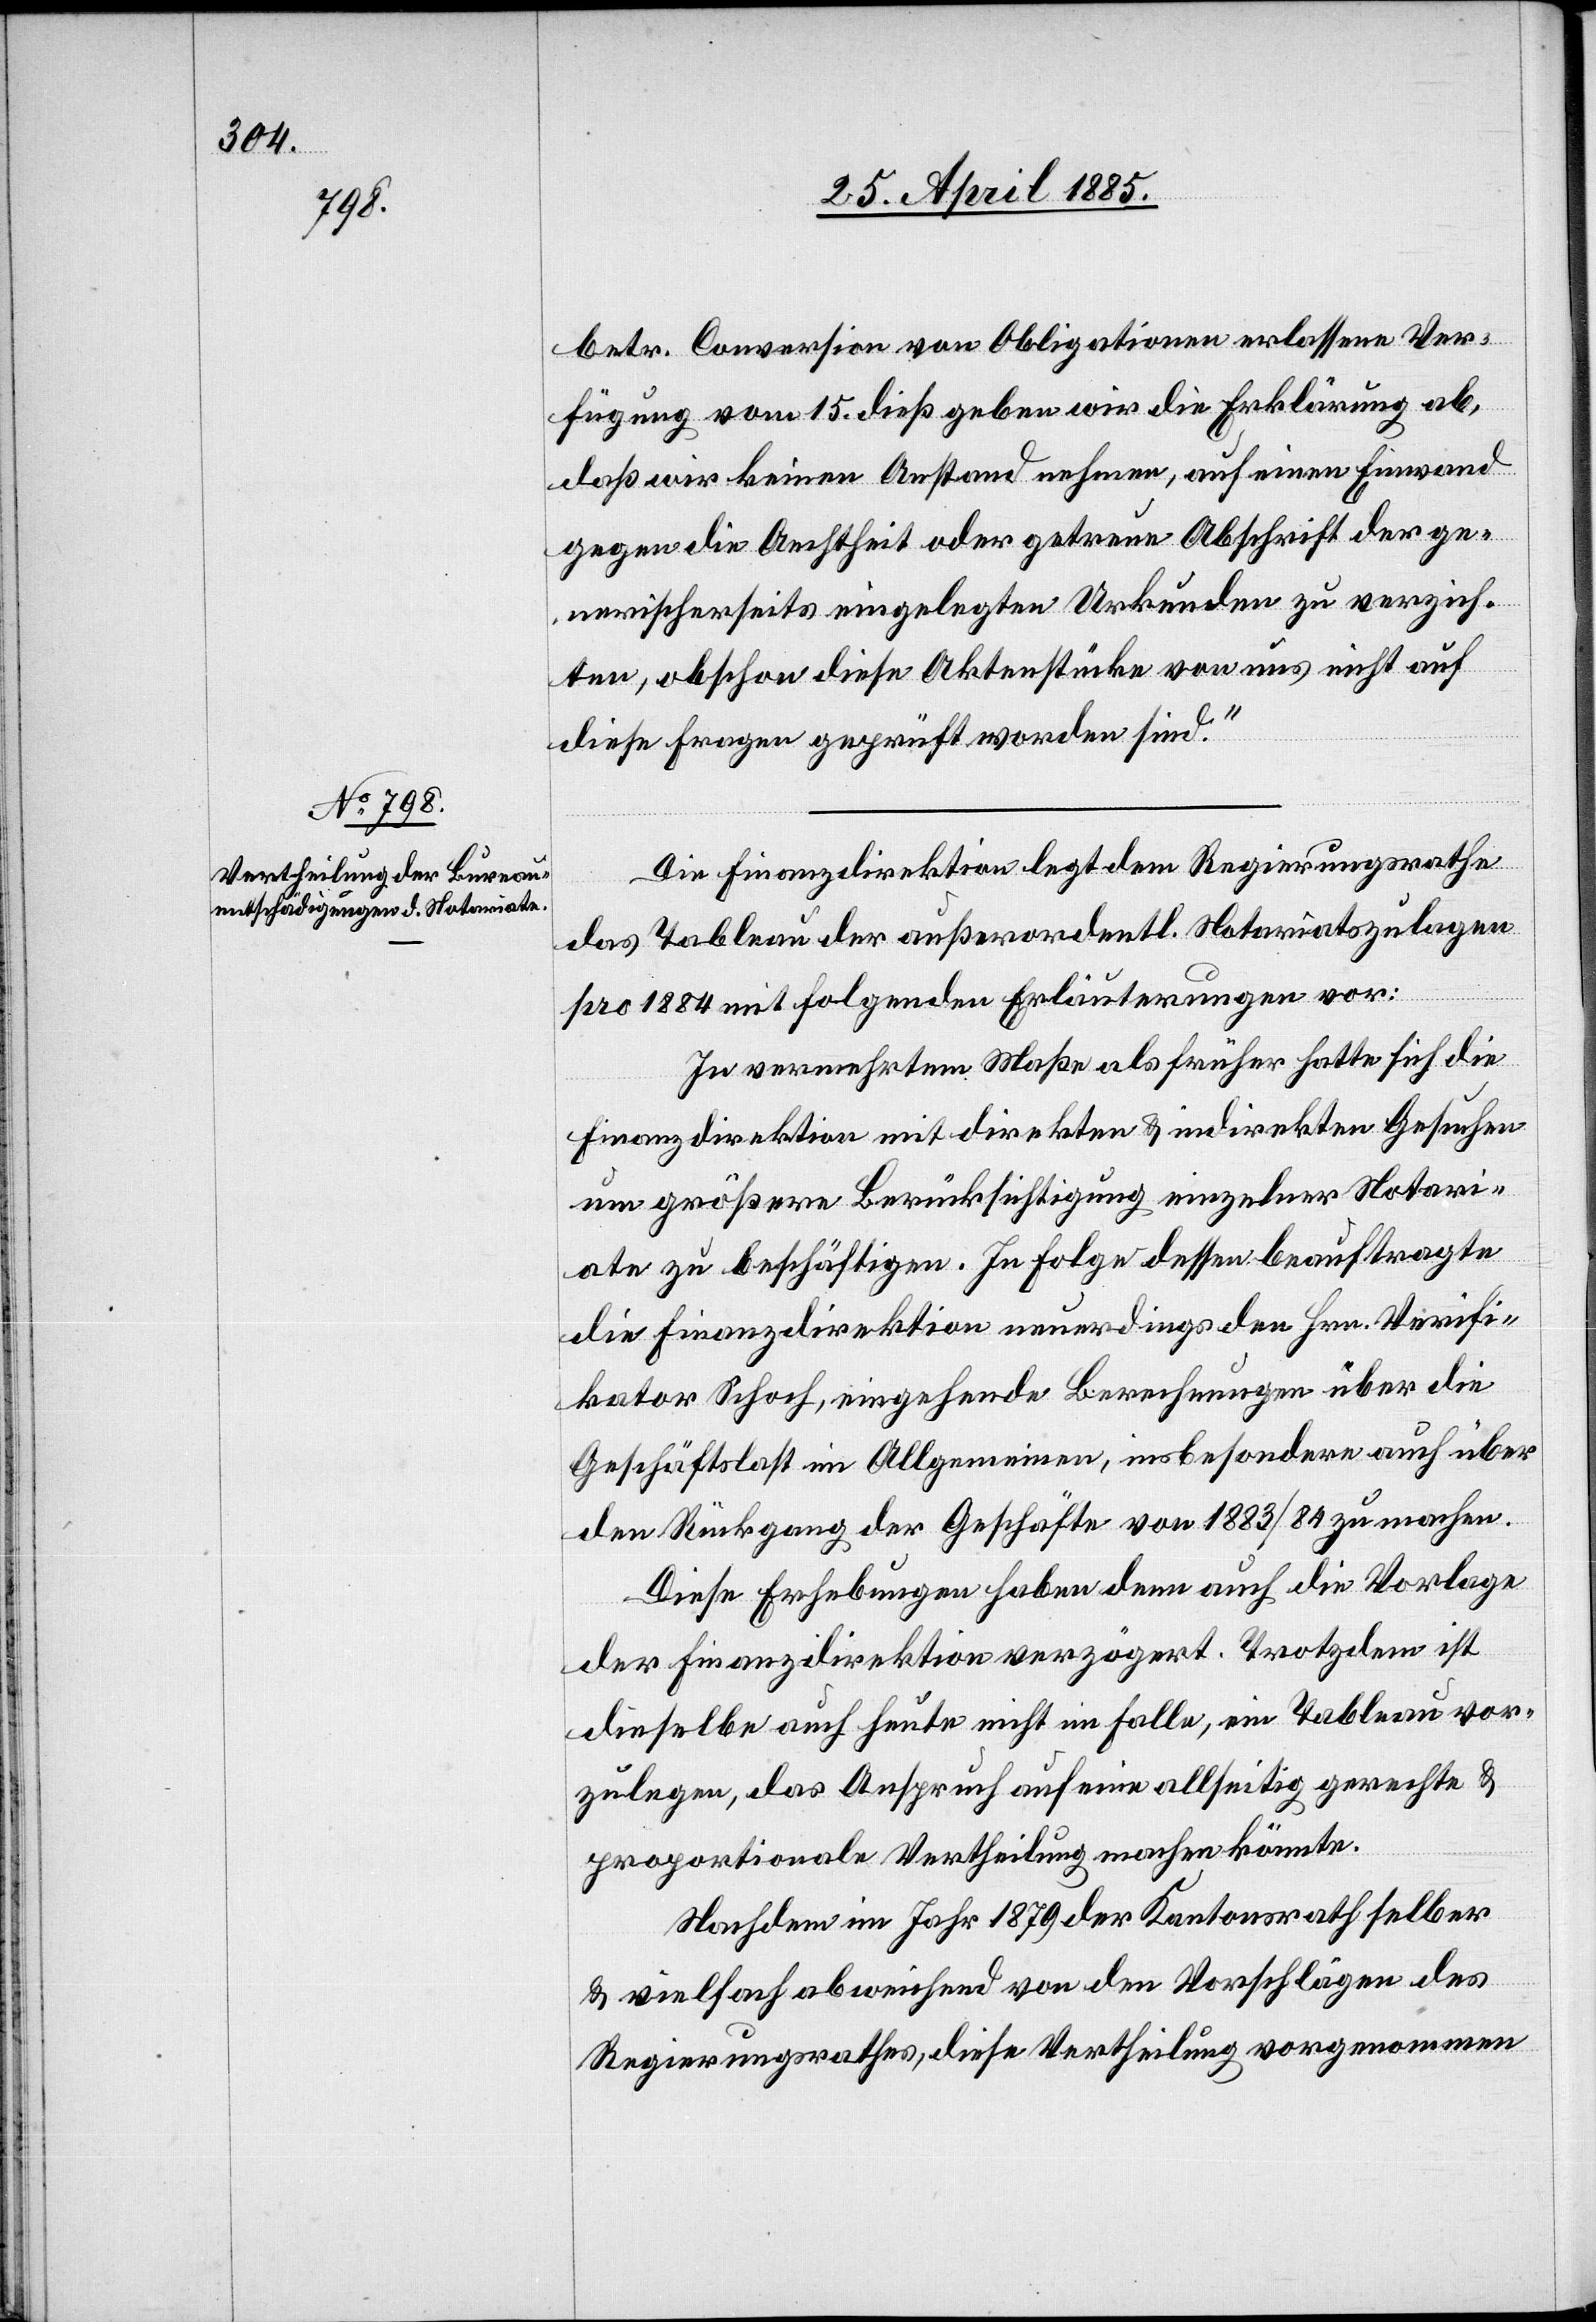
betr. Conversion von Obligationen erlassene Ver¬
fügung vom 15. dieß geben wir die Erklärung ab,
daß wir keinen Anstand nehmen, auf einen Einwand
gegen die Aechtheit oder getreue Abschrift der g¬
e[g]nerischerseits eingelegten Urkunden zu verzich¬
ten, obschon diese Aktenstücke von uns nicht auf
diese Fragen geprüft worden sind.“